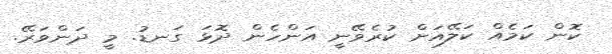
ކޮން ކަމެއް ކަލޭއަށް ކުރެވޭނީ އަންހެން ދޮޅަ ގަނޑު. މީ ދަންވަރޭ.